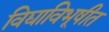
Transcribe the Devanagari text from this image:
विद्याविभूषीत